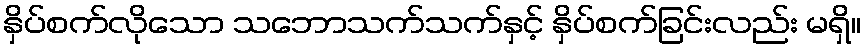
နှိပ်စက်လိုသော သဘောသက်သက်နှင့် နှိပ်စက်ခြင်းလည်း မရှိ။